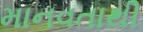
માનવતાથી